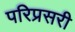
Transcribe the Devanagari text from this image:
परिप्रसरी